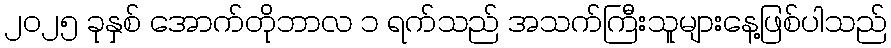
၂၀၂၅ ခုနှစ် အောက်တိုဘာလ ၁ ရက်သည် အသက်ကြီးသူများနေ့ဖြစ်ပါသည်